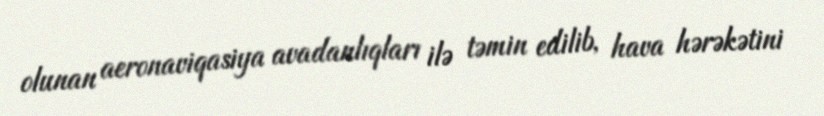
olunan aeronaviqasiya avadanlıqları ilə təmin edilib, hava hərəkətini